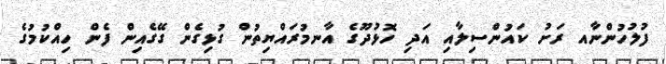
ފުލުހުންނާއ ރަށު ކައުންސިލާއި އަދި ހޮޅުދޫގެ އާނމުރައްޔިތުން ގުޅިގެން ގޭގެއިން ފެން ހިއްކުމުގެ